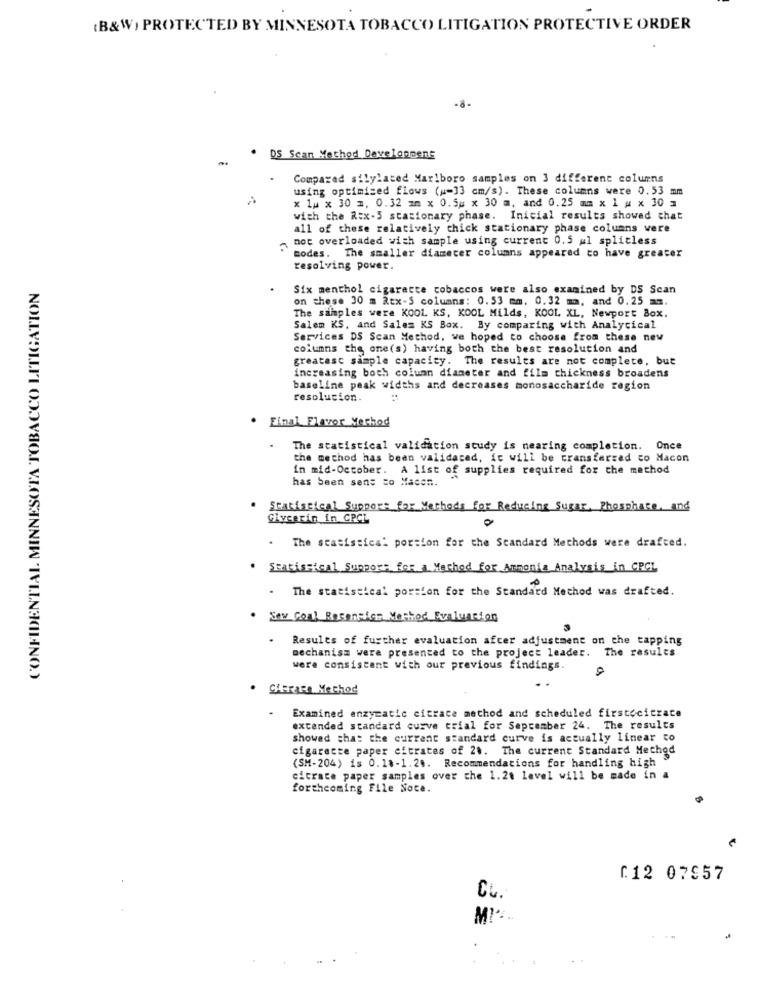
(B&W) PROTECTED BY MINNESOTA TOBACCO LITIGATION PROTECTIVE ORDER
-8-
DS Scan Method Development
Compared silylated Marlboro samples on 3 different columns
using optimized flows (w-33 cm/s). These columns were 0.53 mm
x 1w x 30 m. 0.32 mm x 0.5m x 30 m, and 0.25 mm x 1 # x 30 =
with the Rex-5 stationary phase. Inicial results showed that
all of these relatively chick stationary phase columns vere
not overloaded with sample using current 0.5 al splitless
todes. The smaller diameter columns appeared to have greater
resolving power.
CONFIDENTIAL MINNESOTA TOBACCO LITIGATION
Six menthol cigarette tobaccos were also examined by DS Scan
on these 30 m 2ex-S columns: 0.53 mm. 0.32 mm, and 0.25 mm.
The samples were KOOL KS, KOOL Milds, KOOL XL, Newport Box.
Salem KS, and Salem KS Box. By comparing with Analytical
Services DS Scan Method, we hoped to choose from these new
columns the one(s) having both the best resolution and
greatest sample capacity. The results are not complete, but
increasing both column diameter and film thickness broadens
baseline peak widths and decreases monosaccharide region
resolucion.
. Final Flavor Mechod
.
The statistical validation study is nearing completion. Once
the method has been validated, it will be transferred co Macon
in mid-October. A list of supplies required for the method
has been sens to Macen.
Statistical Support for Methods for Reducing Sugar, Phosphate, and
Giveerin in CRCI
. The statistical portion for the Standard Methods were drafted.
.
Statistical Support for a Method for Ammonia Analysis in CRCL
The statistical portion for the Standard Method was drafted.
. Saw Coal Recensies Method Evaluation
Results of further evaluation afcer adjustment on the tapping
mechanism were presented to the project leader. The results
were consistent with our previous findings.
SiHara Method
Examined enzymatic citrace method and scheduled firstocicrace
extended standard curve trial for September 24. The results
showed that the current standard curve is actually linear co
cigarette paper eitrates of 2 .. The current Standard Method
(SM-204) is 0.18-1.2 .. Recommendations for handling high "
citrate paper samples over the 1.2t level will be made in a
forthcoming File Note.
1.12 07957
Cu.
MI